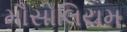
મૌસોલિયમ